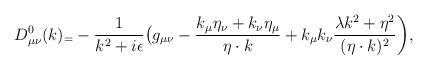
LaTeX: \begin{align*}D^0_{\mu\nu}(k)_=-{1\over{k^2+i\epsilon}}\bigl(g_{\mu\nu}-{k_\mu\eta_\nu+k_\nu\eta_\mu\over\eta\cdot k}+k_\mu k_\nu{\lambda k^2+\eta^2\over{(\eta\cdot k)^2}}\biggr),\end{align*}